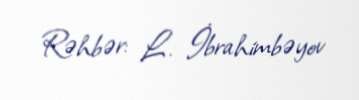
Rəhbər: L. İbrahimbəyov